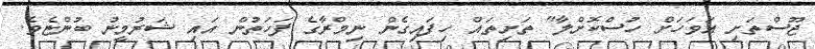
ޖޫސްތަށި އަވަހަށް ހުސްކޮށްލާ" ތަށިތައް ހިފައިގެން ނިމްރާގެ ފަހަތުން އައި ޝަރުމީނު ބުންޏެވެ.